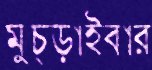
মুচ্‌ড়াইবার